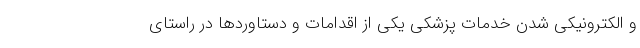
و الکترونیکی شدن خدمات پزشکی یکی از اقدامات و دستاوردها در راستای